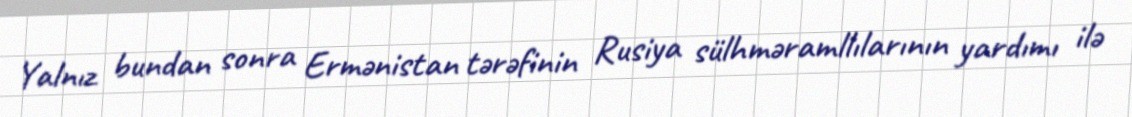
Yalnız bundan sonra Ermənistan tərəfinin Rusiya sülhməramllılarının yardımı ilə